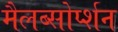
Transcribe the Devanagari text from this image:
मैलब्सोर्प्शन